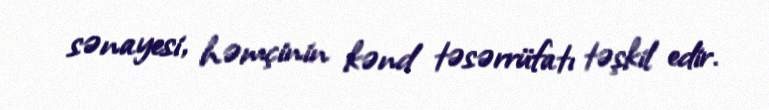
sənayesi, həmçinin kənd təsərrüfatı təşkil edir.